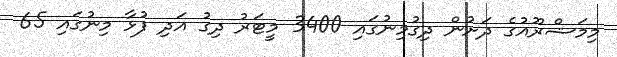
މިމަޝްރޫއުގެ ދަށުން ދިގުމިނުގައި 3400 މީޓަރު ދިގު އަދި ފުޅާ މިނުގައި 65